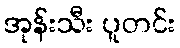
အုန်းသီး ပူတင်း